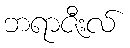
ဘရာဇီးလ်